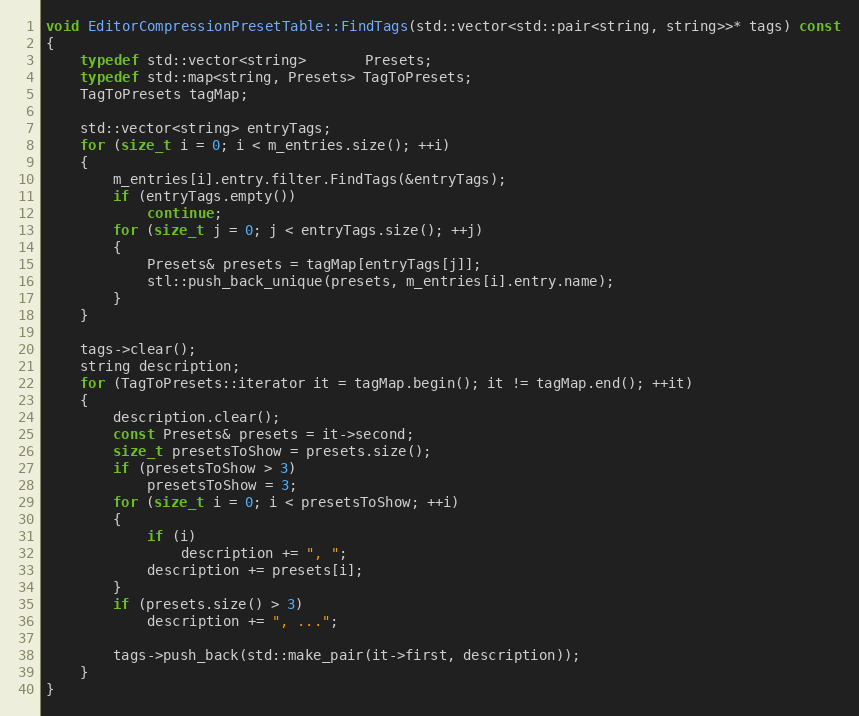
Language: C++
void EditorCompressionPresetTable::FindTags(std::vector<std::pair<string, string>>* tags) const
{
	typedef std::vector<string>       Presets;
	typedef std::map<string, Presets> TagToPresets;
	TagToPresets tagMap;

	std::vector<string> entryTags;
	for (size_t i = 0; i < m_entries.size(); ++i)
	{
		m_entries[i].entry.filter.FindTags(&entryTags);
		if (entryTags.empty())
			continue;
		for (size_t j = 0; j < entryTags.size(); ++j)
		{
			Presets& presets = tagMap[entryTags[j]];
			stl::push_back_unique(presets, m_entries[i].entry.name);
		}
	}

	tags->clear();
	string description;
	for (TagToPresets::iterator it = tagMap.begin(); it != tagMap.end(); ++it)
	{
		description.clear();
		const Presets& presets = it->second;
		size_t presetsToShow = presets.size();
		if (presetsToShow > 3)
			presetsToShow = 3;
		for (size_t i = 0; i < presetsToShow; ++i)
		{
			if (i)
				description += ", ";
			description += presets[i];
		}
		if (presets.size() > 3)
			description += ", ...";

		tags->push_back(std::make_pair(it->first, description));
	}
}